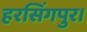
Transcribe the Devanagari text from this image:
हरसिंगपुर।